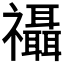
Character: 𮂨